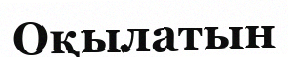
Оқылатын